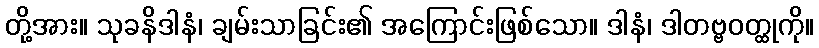
တို့အား။ သုခနိဒါနံ၊ ချမ်းသာခြင်း၏ အကြောင်းဖြစ်သော။ ဒါနံ၊ ဒါတဗ္ဗဝတ္ထုကို။